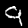
Digit: 9